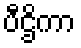
ပီဌိကာ